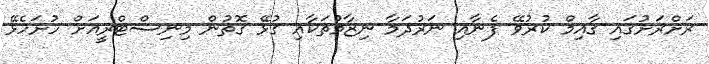
ރަށްރަށުގައި ޤާއިމް ކުރުވޭ ފެނާއި ނަރުދަމާ ނިޒާމުތަކާއި ގުޅޭ ގޮތުން މިނިސްޓްރީއަށް ހުށަހެޅޭ